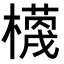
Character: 𭬗